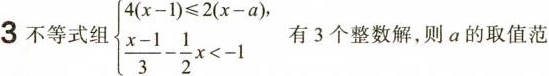
3不等式组 $$\left\{ \begin{matrix}4 ( x - 1 ) ≤ 2 ( x - a ), \\\frac{ x - 1 } { 3 } - \frac { 1 } { 2 } x < - 1 \\ \end{matrix} \right$$ 有3个整数解，则a的取值范